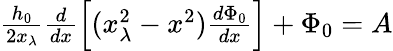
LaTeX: \begin{array}{r}{\frac{h_{0}}{2x_{\lambda}}\frac{d}{dx}\left[(x_{\lambda}^{2}-x^{2})\frac{d\Phi_{0}}{dx}\right]+\Phi_{0}=A}\end{array}